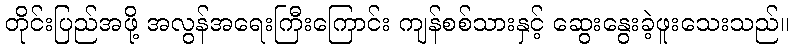
တိုင်းပြည်အဖို့ အလွန်အရေးကြီးကြောင်း ကျန်စစ်သားနှင့် ဆွေးနွေးခဲ့ဖူးသေးသည်။